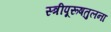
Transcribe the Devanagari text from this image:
स्त्रीपूरूषतुलना